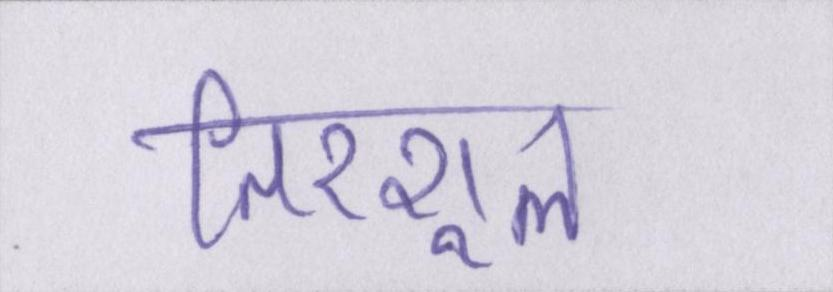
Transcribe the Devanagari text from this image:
तिरशूल